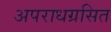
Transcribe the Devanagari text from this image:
अपराधग्रसित